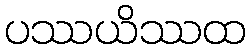
ပဿယိဿထ